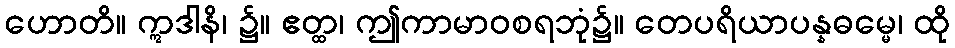
ဟောတိ။ ဣဒါနိ၊ ၌။ ဧတ္ထ၊ ဤကာမာဝစရဘုံ၌။ တေပရိယာပန္နဓမ္မေ၊ ထို